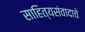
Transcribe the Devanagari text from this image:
साहित्यसंवादाचे